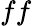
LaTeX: ff